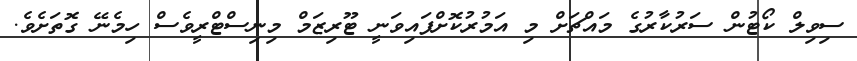
ސިވިލް ކޯޓުން ސަރުކާރުގެ މައްޗަށް މި އަމުރުކޮށްފައިވަނީ ޓޫރިޒަމް މިނިސްޓްރީވެސް ހިމެނޭ ގޮތަށެވެ.